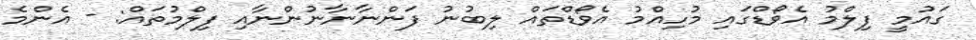
ގައުމީ ފިލްމު އެވޯޑްގައި މުހިއްމު އެވޯޑްތައް ލިބުނު ފަންނާނާނުންނާއި ފިލްމުތައް: - އެންމެ